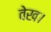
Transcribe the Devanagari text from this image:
वेख।